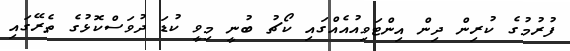
ފުރުމުގެ ކުރިން ދިން އިންޓަވިއުއެއްގައި ކޯޗު ބުނީ މިވީ ކުޑަ ދުވަސްކޮޅުގެ ތެރޭގައި